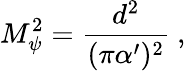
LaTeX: M_{\psi}^{2}={\frac{d^{2}}{(\pi\alpha^{\prime})^{2}}}\ ,